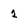
Character: 2